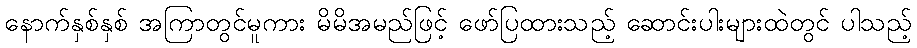
နောက်နှစ်နှစ် အကြာတွင်မူကား မိမိအမည်ဖြင့် ဖော်ပြထားသည့် ဆောင်းပါးများထဲတွင် ပါသည့်